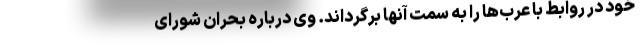
خود در روابط با عرب‌ها را به سمت آنها برگرداند. وی درباره بحران شورای